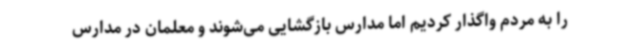
را به مردم واگذار کردیم اما مدارس بازگشایی می‌شوند و معلمان در مدارس